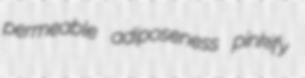
permeable adiposeness pinkify